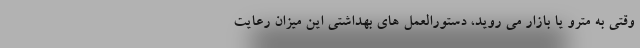
وقتی به مترو یا بازار می روید، دستورالعمل های بهداشتی این میزان رعایت